Annual report on the health of the army in India
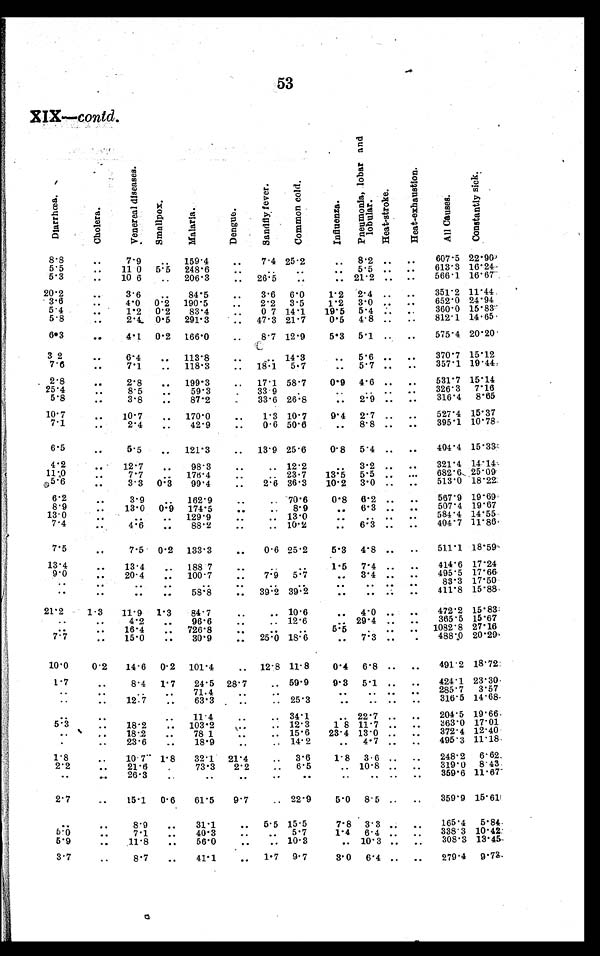
53
XIX—contd.
D i a r r a œ a .
C h o l e r a .
V e n e r e a l d i s e a s e s .
S m a l l p o x .
M a l a r i a .
D e n g u e
S a n d e f l y F e v e r .
C o m m o n c o l d .
I n f l u e n z a .
P n e u m o n l a , l o b a r a n d l o b u l a r .
H e a t - s t r o k e
H e a t - e x h a u s t i o n .
A l l C a u s e s .
C o n s t a n t l y s i c k .
8.8
. .
7.9
..
159.4
..
7.4 25.2
.. 8.2 ..
..
607.5 22.90
5.5
..
11.0 5.5 248.6
. .
. .
. .
. . 5.5 ..
..
613.3 16.24
5 . 3
..
10.6
..
206.3
. .
26.5
..
.. 21.2 .. ..
566.1 16.67
20.2
..
3.6
..
84.5
..
3.6 6.0
1.2 2.4 ..
..
351.2 11.44
3.6
. .
4.0 0.2 190.5
..
2.2 3.5
1.2 3.0 ..
..
652.0 24.94
5.4
..
1.2 0.2
83.4
. . 0.7 14.1
19.5 5.4
. . ..
360.0 15.83
5 . 8
. .
2.4 0.5
291.3
.. 47.3 21.7
0.5 4.8 ..
..
812.1 14.65
6.3
..
4.1 0.2 166.0
..
8.7 12.9
5.3 5.1 ..
..
575.4 20.20
3.2
. .
6.4
.. 113.8
..
. . 14.3
..
5.6 ..
..
370.7 15.12
7.6
..
7.1
..
118.3
. . 18.1
5.7
..
5.7 ..
..
357.1 19.44
2.8
. .
2.8
..
199.3
..
17.1 58.7
0.9 4.6 ..
..
531.7 15.14
2 5 . 4
..
8.5
..
59.3
. .
33.9
..
..
..
. . ..
326.3 7.16
5 . 8
. .
3.8
..
87.2
. .
33.6 26.8
..
2.9 .. ..
316.4 8.65
10.7
..
10.7
..
170.0
..
1.3 10.7
9.4 2.7 ..
..
527.4 15.37
7 . 1
..
2.4
..
42.9
. .
0.6 50.6
..
8.8 ..
..
395.1 10.78
6.5
. .
5.5
..
121.3
..
13.9 25.6
0.8 5.4 ..
..
404.4 15.33
4.2
. . 12.7
..
98.3
..
.. 12.2
..
3.2 ..
..
321.4 14.14
11.0
..
7.7
..
176.4
..
.. 23.7
13.5 5.5
. . ..
682.6. 25.09
5.6
..
3.3 0.3
99.4
..
2.6 36.3
10.2 3.0 .. ..
513.0 18.22
6.2
. .
3.9
..
162.9
..
.. 70.6
0.8 6.2 ..
..
567.9 19.69
8 . 9
..
13.0 0.9 174.5
..
.. 8.9
..
6.3 ..
..
507.4 19.67
1 3 . 0
. .
. .
..
129.9
..
.. 13.0
..
.. ..
..
584.1 14.55
7 . 4
..
4.6
..
88.2
. .
.. 10.2
..
6.3 ..
..
404.7 11.86
7.5
..
7.5 0.2 133.3
..
0.6 25.2
5.3 4.8 ..
..
511.1 18.59
13.4
..
13.4
..
188.7
. .
. .
..
1.5 7.4 ..
..
414.6 17.24
9 . 0
..
20.4
..
100.7
..
7.9 5.7
..
3.4
. . ..
495.5 17.66
. .
. .
. .
. .
. .
. .
. .
. .
. . ..
. .
..
83.3 17.50
. .
..
..
..
58.8
..
3 9 . 2
3 9 . 2
..
. .
. . ..
4 1 1 . 8 15.88
21.2
1.3
11.9 1.3
84.7
..
.. 10.6
.. 4.0 ..
..
472.2 15.83
. .
. .
4.2
..
96.6
..
.. 12.6
. . 29.4 ..
..
365.5 15.67
. .
. . 16.4
..
726.8
. .
..
..
5.5
..
..
..
1082.8 27.16
7 . 7
..
15.0
..
30.9
..
25.0 18.6
..
7.3 ..
. .
488.0 20.29
10.0
0.2
14.6 0.2 101.4
.. 12.8 11.8
0.4 6.8 ..
..
491.2 18.72
1.7
..
8.4 1.7
24.5 28.7
.. 59.9
9.3 5.1 ..
..
424.1 23.30
. .
..
..
..
71.4
. .
. .
. .
. . ..
. . ..
285.7 3.57
. .
..
12.7
. .
63.3
..
. . 25.3
. .
. . ..
..
316.5 14.68
. .
. .
. . ..
11.4
. .
.. 34.1
.. 22.7 ..
..
204.5 19.66
5 . 3
..
18.2
.. 103.2
. .
.. 12.3
1.8 11.7 ..
..
363.0 17.01
..
..
18.2
..
78.1
..
.. 15.6
23.4 13.0 ..
..
372.4 12.40
. .
..
23.6
..
18.9
. .
.. 14.2
..
4.7 ..
. .
495.3 11.18
1.8
..
10.7 1.8
32.1 21.4
..
3.6
1.8 3.6
. . ..
248.2 6.62
2.2
..
21.6
. . 73.3
2.2
..
6.5
.. 10.8 ..
..
319.0 8.43
..
..
26.3
. .
..
. .
..
..
..
.. .. ..
359.6 11.67
2.7
..
15.1 0.6
61.5
9.7
.. 22.9
5.0 8.5 .. ..
359.9 15.61
. .
. .
8.9
..
31.1
.. 5.5
1 5 . 5
7.8 3.3
. . ..
165.4 5.84
5.0
..
7.1
..
40.3
. .
. . 5.7
1.4 6.4 .. ..
338.3 10.42
5.9
..
11.8
..
56.0
..
..
1 0 . 3
.. 10.3 ..
..
308.3 13.45
3.7
..
8.7
..
41.1
..
1.7 9.7
3.0 6.4 ..
..
279.4
9 . 7 3